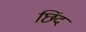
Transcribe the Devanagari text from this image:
छिंद